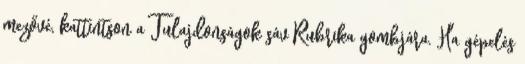
mezővé, kattintson a Tulajdonságok sáv Rubrika gombjára. Ha gépelés